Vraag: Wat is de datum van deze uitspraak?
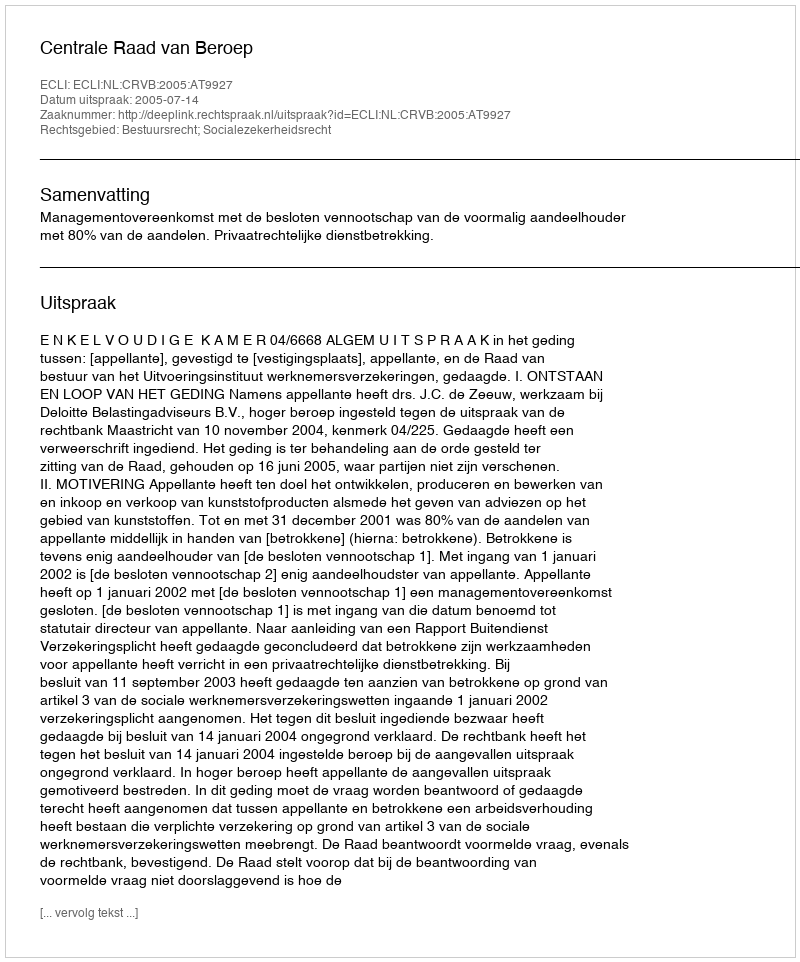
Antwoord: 2005-07-14